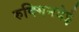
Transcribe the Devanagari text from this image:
रुक्मिनदेई